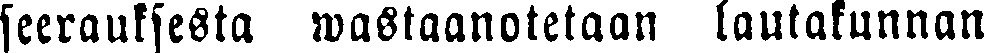
seerauksesta wastaanotetaan lautakunnan